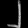
Digit: ၂